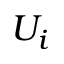
U _ { i }